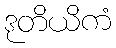
ဒုတိယိကံ